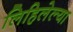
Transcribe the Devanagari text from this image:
लिहिलेल्‍या